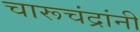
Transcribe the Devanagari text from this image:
चारूचंद्रांनी